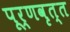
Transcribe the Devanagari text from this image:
पूर्णवृत्त